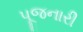
પૂજનારી